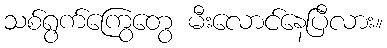
သစ်ရွက်ကြွေတွေ မီးလောင်နေပြီလား။